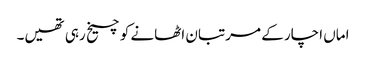
اماں اچار کے مرتبان اٹھانے کو چیخ رہی تھیں۔